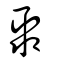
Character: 聚